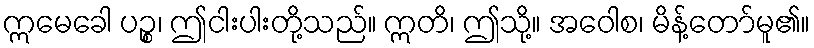
ဣမေခေါ ပဉ္စ၊ ဤငါးပါးတို့သည်။ ဣတိ၊ ဤသို့။ အဝေါစ၊ မိန့်တော်မူ၏။